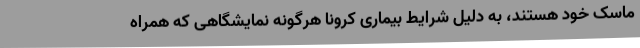
ماسک خود هستند، به دلیل شرایط بیماری کرونا هرگونه نمایشگاهی که همراه